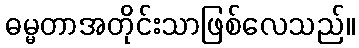
ဓမ္မတာအတိုင်းသာဖြစ်လေသည်။